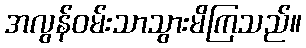
အလွန်ဝမ်းသာသွားမိကြသည်။